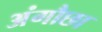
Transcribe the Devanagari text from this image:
अंगौछा